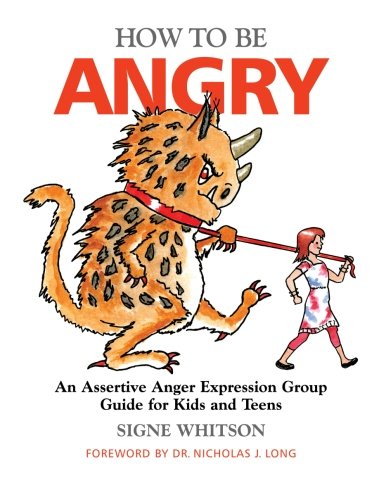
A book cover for How to Be Angry: An Assertive Anger Expression Group Guide for Kids and Teens; Signe Whitson; Self-Help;